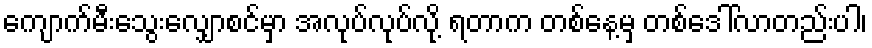
ကျောက်မီးသွေးလျှောစင်မှာ အလုပ်လုပ်လို့ ရတာက တစ်နေ့မှ တစ်ဒေါ်လာတည်းပါ၊